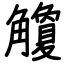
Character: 觼